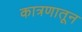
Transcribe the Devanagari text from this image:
कात्रणातून